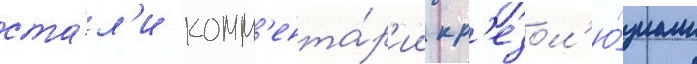
ста́л'и комм'ента́р'ии к р'езол'ю́циам